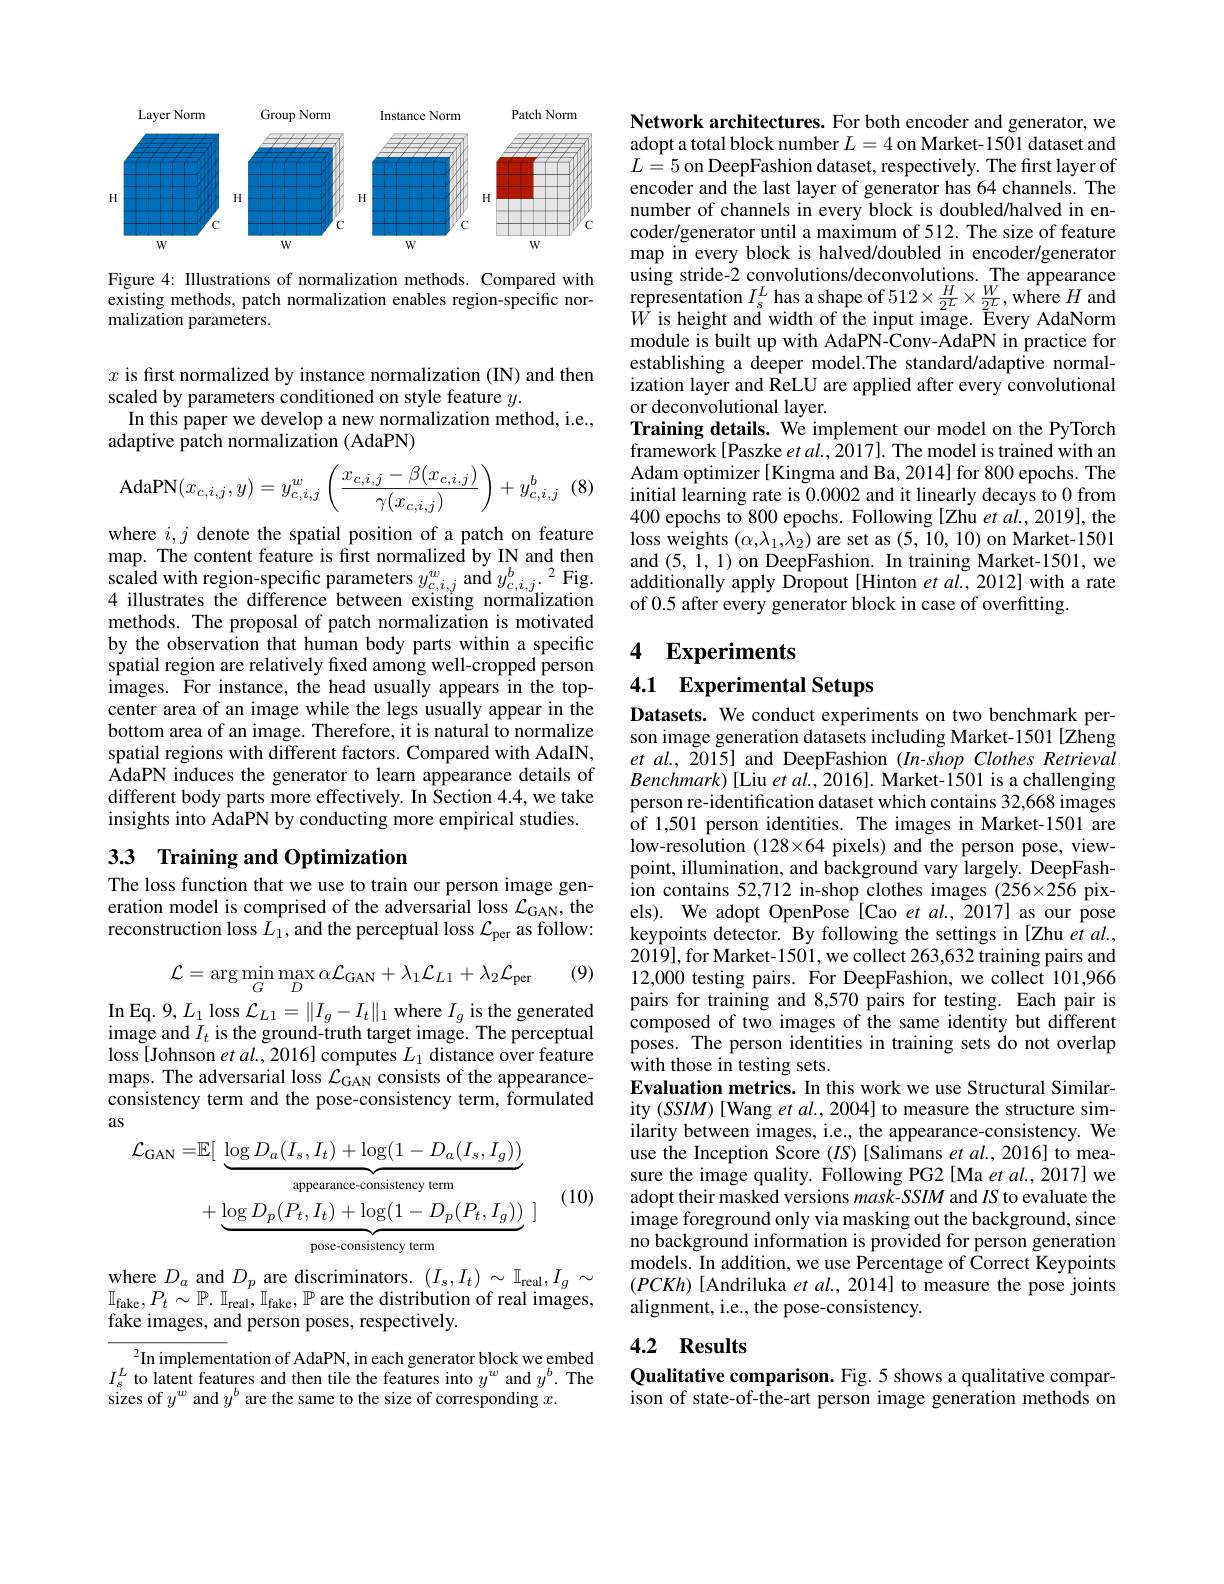
<FigureHere>

Figure 4: Illustrations of normalization methods. Compared with existing methods, patch normalization enables region-specific normalization parameters.

$x$ is fırst normalized by instance normalization (IN) and then scaled by parameters conditioned on style feature $y.$In this paper we develop a new normalization method, i.e., adaptive patch normalization (AdaPN)

(8)
$$\text{AdaPN}(x_{c,i,j},y)=y_{c,i,j}^w\left(\frac{x_{c,i,j}-\beta(x_{c,i,j})}{\gamma(x_{c,i,j})}\right)+y_{c,i,j}^b$$
where $i,j$ denote the spatial position of a patch on feature map. The content feature is first normalized by IN and then $\begin{array}{l}{{\mathrm{scaled~with~region-specific~parameters~}y_{c,i,j}^{w}~and~}y_{c,i,j}^{b}.^{2}\mathrm{Fig.}}\\{4\:\mathrm{illustrates~the~difference~between~existing~normalization}}\end{array}$ methods. The proposal of patch normalization is motivated by the observation that human body parts within a specific spatial region are relatively fixed among well-cropped person images. For instance, the head usually appears in the topcenter area of an image while the legs usually appear in the bottom area of an image. Therefore, it is natural to normalize spatial regions with different factors. Compared with AdaIN, AdaPN induces the generator to learn appearance details of different body parts more effectively. In Section 4.4, we take insights into AdaPN by conducting more empirical studies.

## 3.3 Training and Optimization

The loss function that we use to train our person image generation model is comprised of the adversarial loss $\mathcal{L}_\mathrm{GAN}$, the reconstruction loss $L_1$,and the perceptual loss $\mathcal{L}_\mathrm{per}$ as follow:

(9)
$$\mathcal{L}=\arg\min_{G}\max_{D}\alpha\mathcal{L}_{\mathrm{GAN}}+\lambda_{1}\mathcal{L}_{L1}+\lambda_{2}\mathcal{L}_{\mathrm{per}}$$
$\operatorname{In}$Eq. $9,L_1$ loss $\mathcal{L}_L1=\|I_g-I_t\|_1$ where $I_g$ is the generated image and $I_t$ is the ground-truth target image. The perceptual loss [Johnson et al., 2016] computes $L_1$ distance over feature maps. The adversarial loss $\mathcal{L}_\mathrm{GAN}$ consists of the appearanceconsistency term and the pose-consistency term, formulated as
$$\begin{aligned}\mathcal{L}_{\mathrm{GAN}}=&\mathbb{E}[\:\underbrace{\log D_{a}(I_{s},I_{t})+\log(1-D_{a}(I_{s},I_{g}))}_{\text{appearance-consistency term}}\\&+\underbrace{\log D_{p}(P_{t},I_{t})+\log(1-D_{p}(P_{t},I_{g}))}_{\text{pose-consistency term}}\:]\end{aligned}$$
(10)

where $D_{a}$ and $D_{p}$ are discriminators. $(I_{s},I_{t})\sim\mathbb{I}_{\mathrm{real}},I_{g}\sim$ $\mathbb{I} _{\mathrm{fake}}, P_{t}\sim \mathbb{P} .$ $\mathbb{P}.$ $\mathbb{I} _\mathrm{real}, \mathbb{I} _\mathrm{fake}, \mathbb{P}$ are the distribution of real images, fake images, and person poses, respectively.

$^{2}$In implementation of AdaPN, in each generator block we embed $I_{s}^{L}$ to latent features and then tile the features into $y^w$ and $y^b.$ The sizes of $y^w$ and $y^b$ are the same to the size of corresponding $x.$

Network architectures. For both encoder and generator, we adopt a total block number $L=4$ on Market-1501 dataset and $L=5$ on DeepFashion dataset, respectively. The first layer of encoder and the last layer of generator has 64 channels. The number of channels in every block is doubled/halved in encoder/generator until a maximum of 512. The size of feature map in every block is halved/doubled in encoder/generator using stride-2 convolutions/deconvolutions. The appearance $\begin{array}{l}{\text{representation}}I_{\mathrm{s}}^{L}\text{ has a shape of 512\times\frac{H}{2L}\times\frac{W}{2L},\text{where }H\mathrm{and}}\\{W\text{ is height and width of the input image. Every AdaNorm}}\end{array}$ module is built up with AdaPN-Conv-AdaPN in practice for establishing a deeper model.The standard/adaptive normalization layer and ReLU are applied after every convolutional or deconvolutional layer.
Training details. We implement our model on the PyTorch framework[Paszke et al., 2017]. The model is trained with an Adam optimizer[Kingma and Ba, 2014] for 800 epochs. The initial learning rate is 0.0002 and it linearly decays to 0 from 400 epochs to 800 epochs. Following [Zhu et al., 2019], the loss weights $(\alpha,\lambda_{1},\bar{\lambda_{2}})$ are set as (5, 10, 10) on Market-1501 and (5,1,1) on DeepFashion. In training Market-1501, we additionally apply Dropout [Hinton et al., 2012] with a rate of 0.5 after every generator block in case of overfitting.

## 4 $\mathbf{Experiments}$

# 4.1 Experimental Setups

Datasets. We conduct experiments on two benchmark person image generation datasets including Market-1501[Zheng $etal.,2015]$ and DeepFashion (In-shop Clothes Retrieval $Benchmark)[$Liu et al.,2016]. Market-1501 is a challenging person re-identification dataset which contains 32,668 images of 1,501 person identities. The images in Market-1501 are low-resolution (128×64 pixels) and the person pose, viewpoint, illumination, and background vary largely. DeepFashion contains 52,712 in-shop clothes images (256×256 pixels). We adopt OpenPose [Cao $etal.,2017]$ as our pose keypoints detector. By following the settings in [Zhu et al., 2019],for Market-1501, we collect 263,632 training pairs and 12,000 testing pairs. For DeepFashion, we collect 101,966 pairs for training and 8,570 pairs for testing. Each pair is composed of two images of the same identity but different poses. The person identities in training sets $\v{d}$o not overlap with those in testing sets.
Evaluation metrics. In this work we use Structural Similarity (SSIM) [Wang et al., 2004] to measure the structure similarity between images, i.e., the appearance-consistency. We use the Inception Score $(IS)$ [Salimans $etal.,2016]$ to measure the image quality. Following PG2[Ma et al., 2017] we adopt their masked versions $mask-SSIM$ and IS to evaluate the image foreground only via masking out the background, since no background information is provided for person generation models. In addition, we use Percentage of Correct Keypoints $(PCKh)$ [Andriluka et al., 2014] to measure the pose joints alignment, i.e., the pose-consistency.

4.2 Results

Qualitative comparison. Fig. 5 shows a qualitative comparison of state-of-the-art person image generation methods on